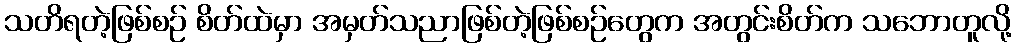
သတိရတဲ့ဖြစ်စဉ် စိတ်ထဲမှာ အမှတ်သညာဖြစ်တဲ့ဖြစ်စဉ်တွေက အတွင်းစိတ်က သဘောတူလို့